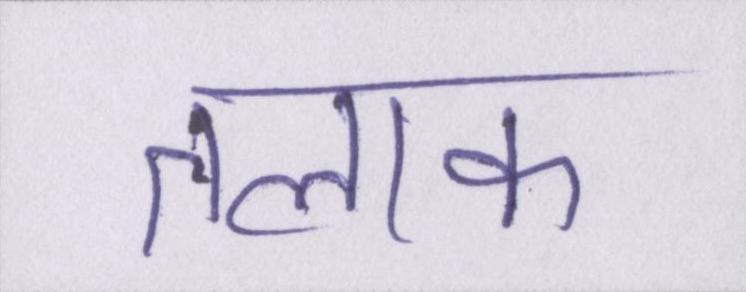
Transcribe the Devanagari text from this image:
तलाक